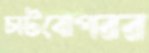
চাটবোপরর